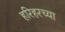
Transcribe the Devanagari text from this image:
हरिहरच्या